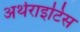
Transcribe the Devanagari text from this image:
अर्थराइटिस